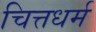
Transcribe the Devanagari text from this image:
चित्तधर्म